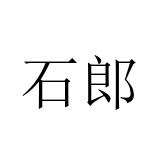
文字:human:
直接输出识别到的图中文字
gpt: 石郎